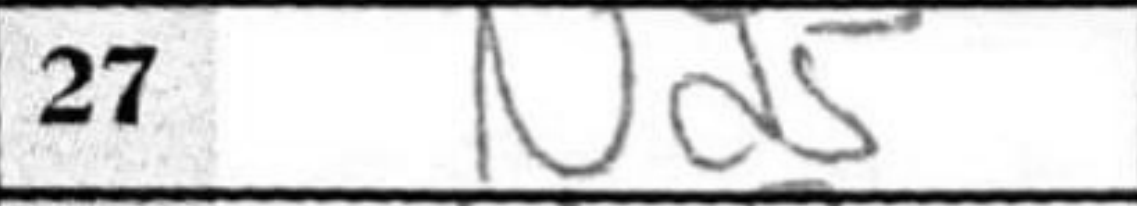
Transcription: Nd5